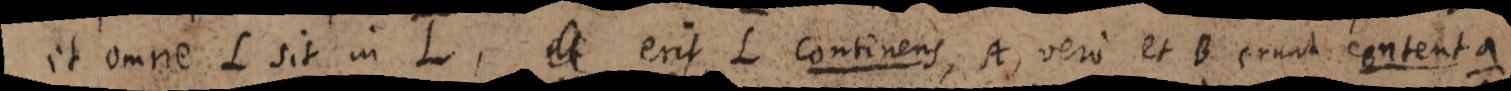
et omne L sit in L, at erit L continens, A, vero et B erunt contenta